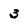
Character: 3